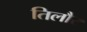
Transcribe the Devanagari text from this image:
तिलौर